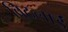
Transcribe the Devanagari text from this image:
बिठलाईं